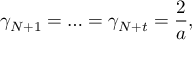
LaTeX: \gamma _ { N + 1 } = \ldots = \gamma _ { N + t } = \frac { 2 } { a } ,